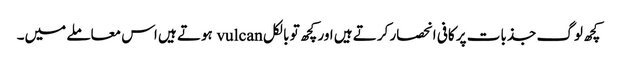
کچھ لوگ جذبات پر کافی انحصار کرتے ہیں اور کچھ تو بالکل vulcan ہوتے ہیں اس معاملے میں۔